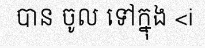
បាន ចូល ទៅក្នុង <i